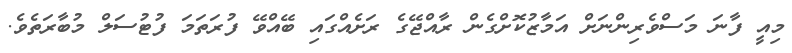
މިއީ ފާނަ މަސްވެރިންނަށް އަމާޒުކޮށްގެން ރާއްޖޭގެ ރަށެއްގައި ބޭއްވޭ ފުރަތަމަ ފުޓުސަލް މުބާރަތެވެ.